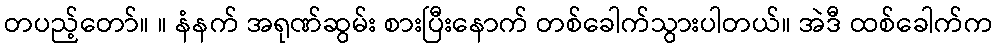
တပည့်တော်။ ။ နံနက် အရုဏ်ဆွမ်း စားပြီးနောက် တစ်ခေါက်သွားပါတယ်။ အဲဒီ ထစ်ခေါက်က